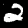
Label: 2